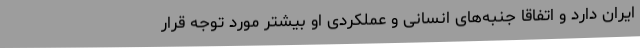
ایران دارد و اتفاقا جنبه‌های انسانی و عملکردی او بیشتر مورد توجه قرار